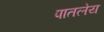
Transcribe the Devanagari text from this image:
पातलेय